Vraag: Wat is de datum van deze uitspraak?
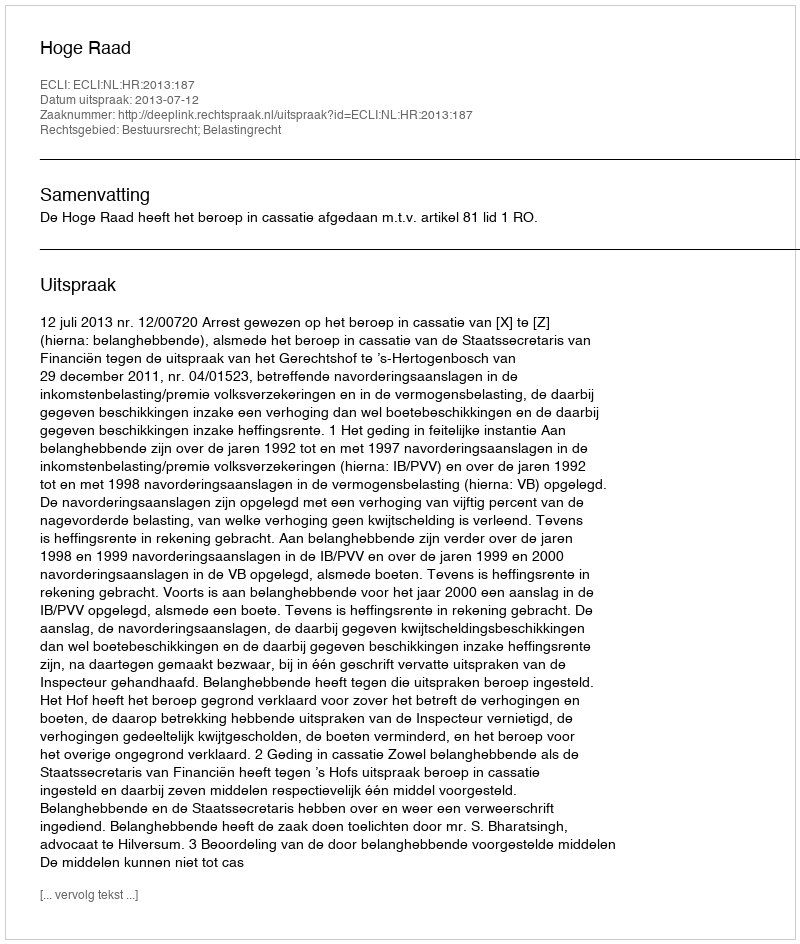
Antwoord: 2013-07-12